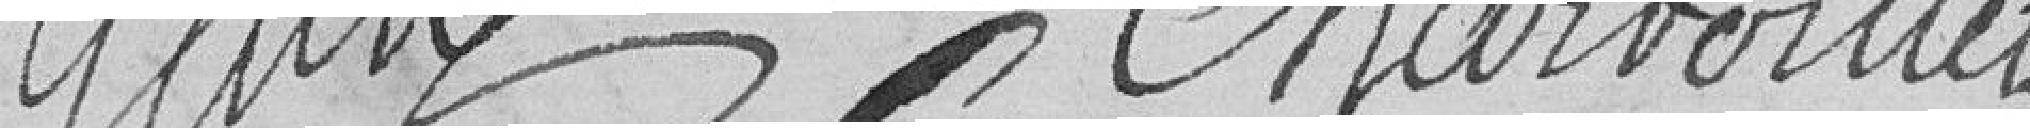
GENTY      CHARVOILLET??